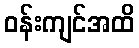
ဝန်းကျင်အထိ